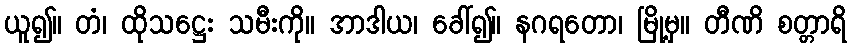
ယူ၍။ တံ၊ ထိုသဋ္ဌေး သမီးကို။ အာဒါယ၊ ခေါ်၍။ နဂရတော၊ မြို့မှ။ တီဏိ စတ္တာရိ